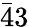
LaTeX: \bar{4}3